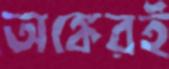
অঙ্কেরই